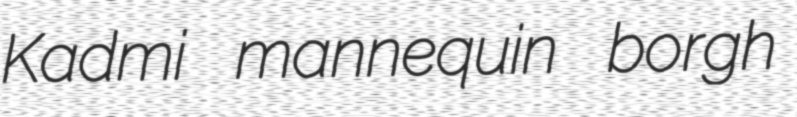
Kadmi mannequin borgh